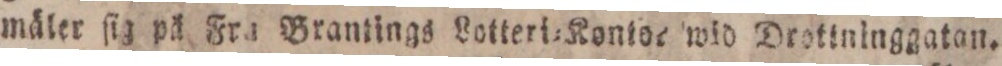
mäler ſig på Fra Brantings Lotteri=Kontoe wid Drottninggatan.